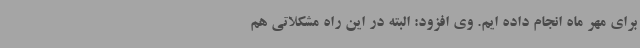
برای مهر ماه انجام داده ایم. وی افزود: البته در این راه مشکلاتی هم